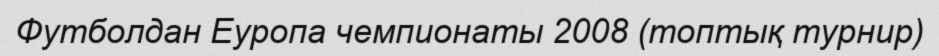
Футболдан Еуропа чемпионаты 2008 (топтық турнир)